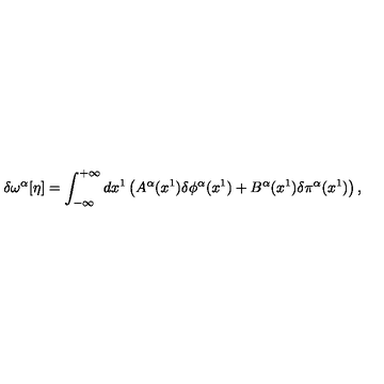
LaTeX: \delta \omega ^ { \alpha } [ \eta ] = \int _ { - \infty } ^ { + \infty } d x ^ { 1 } \left( A ^ { \alpha } ( x ^ { 1 } ) \delta \phi ^ { \alpha } ( x ^ { 1 } ) + B ^ { \alpha } ( x ^ { 1 } ) \delta \pi ^ { \alpha } ( x ^ { 1 } ) \right) ,